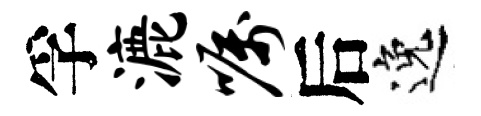
孚漉嘱后逸